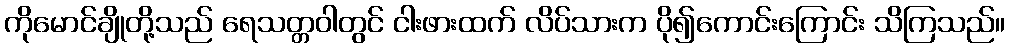
ကိုမောင်ချိုတို့သည် ရေသတ္တဝါတွင် ငါးဖားထက် လိပ်သားက ပို၍ကောင်းကြောင်း သိကြသည်။